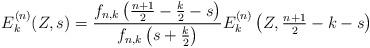
LaTeX: \begin{align*}E_k^{(n)}(Z,s)=\frac{f_{n,k}\left(\frac{n+1}{2}-\frac{k}{2}-s\right)}{f_{n,k}\left(s+\frac{k}{2}\right)}E_k^{(n)}\left(Z,\tfrac{n+1}{2}-k-s\right)\end{align*}